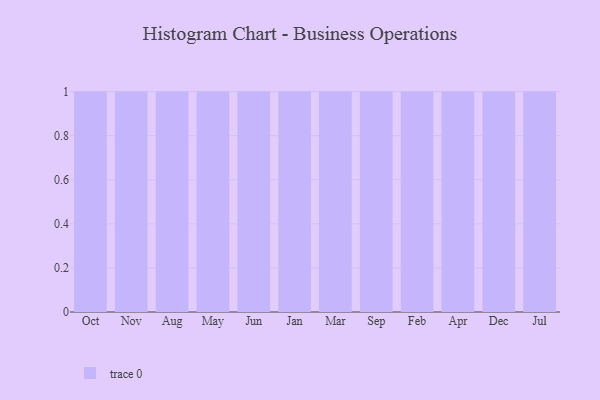
{"axis": {"x": "Month", "y": "Tickets Resolved"}, "legend": [""], "data": [{"x": "Oct", "y": 51, "type": ""}, {"x": "Nov", "y": 84, "type": ""}, {"x": "Aug", "y": 37, "type": ""}, {"x": "May", "y": 31, "type": ""}, {"x": "Jun", "y": 39, "type": ""}, {"x": "Jan", "y": 33, "type": ""}, {"x": "Mar", "y": 99, "type": ""}, {"x": "Sep", "y": 9, "type": ""}, {"x": "Feb", "y": 43, "type": ""}, {"x": "Apr", "y": 36, "type": ""}, {"x": "Dec", "y": 92, "type": ""}, {"x": "Jul", "y": 53, "type": ""}]}